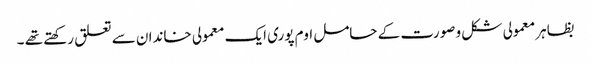
بظاہر معمولی شکل و صورت کے حامل اوم پوری ایک معمولی خاندان سے تعلق رکھتے تھے ۔